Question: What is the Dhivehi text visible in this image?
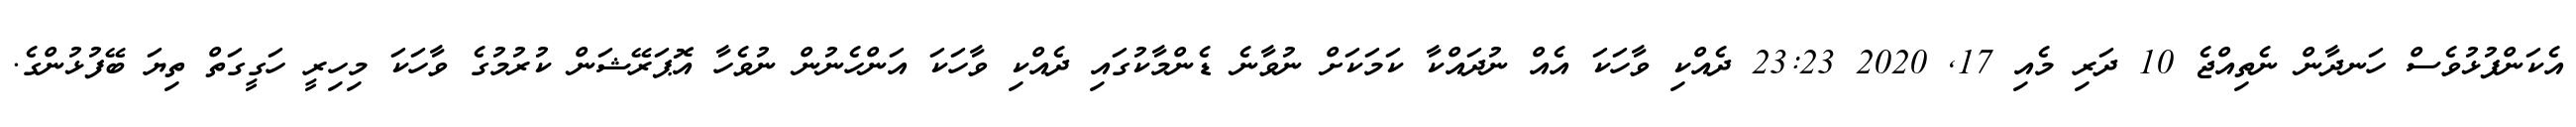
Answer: އެކަންފުޅުވެސް ހަނދާން ނެތިއްޖެ 10 ދަރި މެއި 17, 2020 23:23 ދެއްކި ވާހަކަ އެއް ނުދައްކާ ކަމަކަށް ނުވާނެ ޑެންމާކުގައި ދެއްކި ވާހަކަ އަންހެނުން ނުވެހާ އޮޕަރޭޝަން ކުރުމުގެ ވާހަކަ މިހިރީ ހަގީގަތް ތިޔަ ބޭފުޅުންގެ.